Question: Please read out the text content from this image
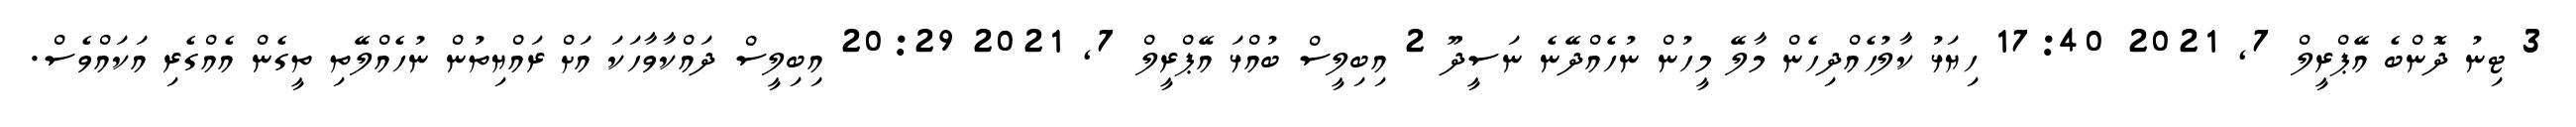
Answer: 3 ޓިނު ދޮންބެ އޭޕްރީލް 7, 2021 17:40 ހިޔަޅު ކާލުހެއްދިހެން މާލޭ މީހުން ނުހެއްދޭނެ ނަސީދޫ 2 އިބިލީސް ބުއްޅަ އޭޕްރީލް 7, 2021 20:29 އިބިލީސް ދައްކާވާހަކަ އަށް ރައްޔިތުން ނުހެއްލޭތި ތީގެން އެއްގެރި އަކައްވެސް.